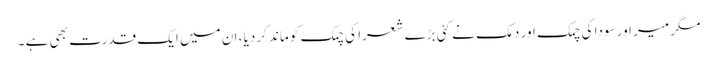
مگر میر اور سودا کی چمک اور دمک نے کئی بڑے شعرا کی چمک کو ماند کردیا ، ان میں ایک قدرت بھی ہے ۔